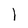
Character: l